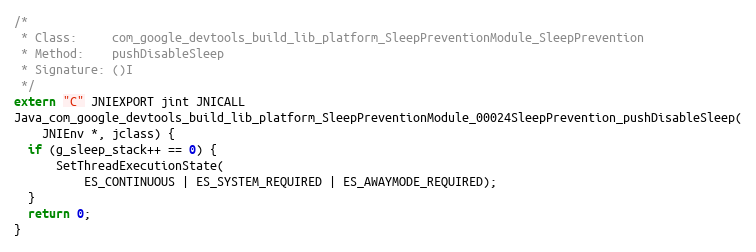
Language: C++
/*
 * Class:     com_google_devtools_build_lib_platform_SleepPreventionModule_SleepPrevention
 * Method:    pushDisableSleep
 * Signature: ()I
 */
extern "C" JNIEXPORT jint JNICALL
Java_com_google_devtools_build_lib_platform_SleepPreventionModule_00024SleepPrevention_pushDisableSleep(
    JNIEnv *, jclass) {
  if (g_sleep_stack++ == 0) {
      SetThreadExecutionState(
          ES_CONTINUOUS | ES_SYSTEM_REQUIRED | ES_AWAYMODE_REQUIRED);
  }
  return 0;
}